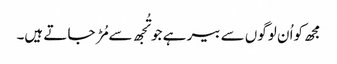
مجھ کواُ ن لوگوں سے بیر ہے جو تُجھ سے مُڑ جا تے ہیں۔